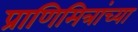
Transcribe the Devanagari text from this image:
प्राणिमित्रांच्या